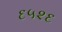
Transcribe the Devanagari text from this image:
६५२६